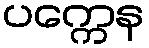
ပက္ကေန